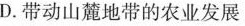
D.带动山麓地带的农业发展